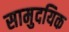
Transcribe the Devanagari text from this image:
सामुदयिक